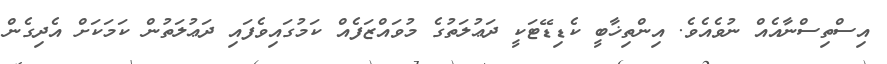
އިސްތިސްނާއެއް ނުވެއެވެ. އިންތިޚާބީ ކެޑިޑޭޓަކީ ދަޢުލަތުގެ މުވައްޒަފެއް ކަމުގައިވެފައި ދަޢުލަތުން ކަމަކަށް އެދިގެން